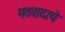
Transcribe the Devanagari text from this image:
मतवादाचे